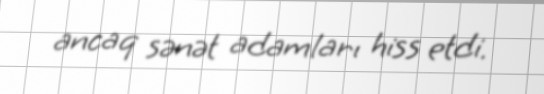
ancaq sənət adamları hiss etdi.